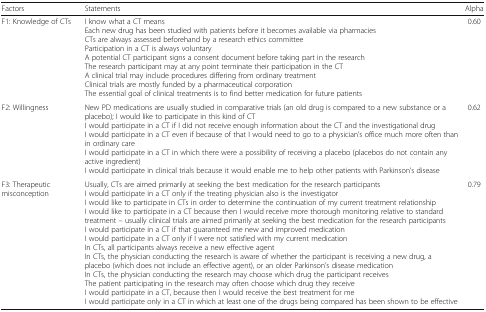
<table><thead><tr><td><b>Factors</b></td><td><b>Statements</b></td><td><b>Alpha</b></td></tr></thead><tbody><tr><td>F1: Knowledge of CTs</td><td>I know what a CT meansEach new drug has been studied with patients before it becomes available via pharmaciesCTs are always assessed beforehand by a research ethics committeeParticipation in a CT is always voluntaryA potential CT participant signs a consent document before taking part in the researchThe research participant may at any point terminate their participation in the CTA clinical trial may include procedures differing from ordinary treatmentClinical trials are mostly funded by a pharmaceutical corporationThe essential goal of clinical treatments is to find better medication for future patients</td><td>0.60</td></tr><tr><td>F2: Willingness</td><td>New PD medications are usually studied in comparative trials (an old drug is compared to a new substance or a placebo); I would like to participate in this kind of CTI would participate in a CT if I did not receive enough information about the CT and the investigational drugI would participate in a CT even if because of that I would need to go to a physician’s office much more often than in ordinary careI would participate in a CT in which there were a possibility of receiving a placebo (placebos do not contain any active ingredient)I would participate in clinical trials because it would enable me to help other patients with Parkinson’s disease</td><td>0.62</td></tr><tr><td>F3: Therapeutic misconception</td><td>Usually, CTs are aimed primarily at seeking the best medication for the research participantsI would participate in a CT only if the treating physician also is the investigatorI would like to participate in CTs in order to determine the continuation of my current treatment relationshipI would like to participate in a CT because then I would receive more thorough monitoring relative to standard treatment – usually clinical trials are aimed primarily at seeking the best medication for the research participantsI would participate in a CT if that guaranteed me new and improved medicationI would participate in a CT only if I were not satisfied with my current medicationIn CTs, all participants always receive a new effective agentIn CTs, the physician conducting the research is aware of whether the participant is receiving a new drug, a placebo (which does not include an effective agent), or an older Parkinson’s disease medicationIn CTs, the physician conducting the research may choose which drug the participant receivesThe patient participating in the research may often choose which drug they receiveI would participate in a CT, because then I would receive the best treatment for meI would participate only in a CT in which at least one of the drugs being compared has been shown to be effective</td><td>0.79</td></tr></tbody></table>